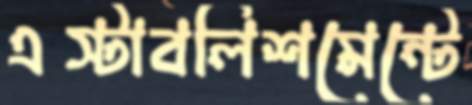
এস্টাবলিশমেন্টে